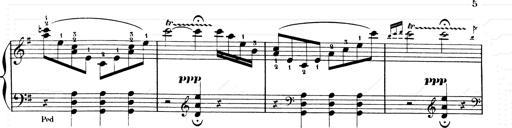
Title: Les SabÃ©ennes
Composer: Franz Liszt